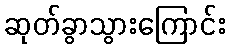
ဆုတ်ခွာသွားကြောင်း